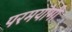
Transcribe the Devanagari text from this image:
परमयोगी